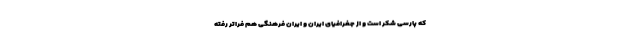
که پارسی شکر است و از جغرافیای ایران و ایران فرهنگی هم فراتر رفته